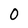
Character: 0